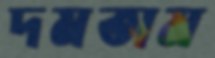
দমতাম